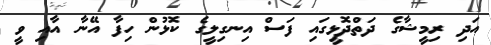
އަދި ރިމީޝާގެ ދަތްދޮޅީގައި ފަސް އިނގިލީގެ ކޮޅުން ހިފާ އޭނާ އާއި ވީ